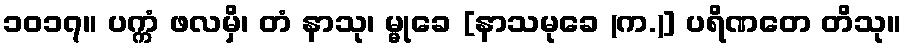
၁၀၁၇။ ပက္ကံ ဖလမှိ၊ တံ နာသု၊ မ္မုခေ [နာသမုခေ (က.)] ပရိဏတေ တိသု။